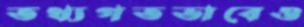
তথ্যগতভাবেও